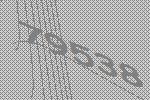
79538